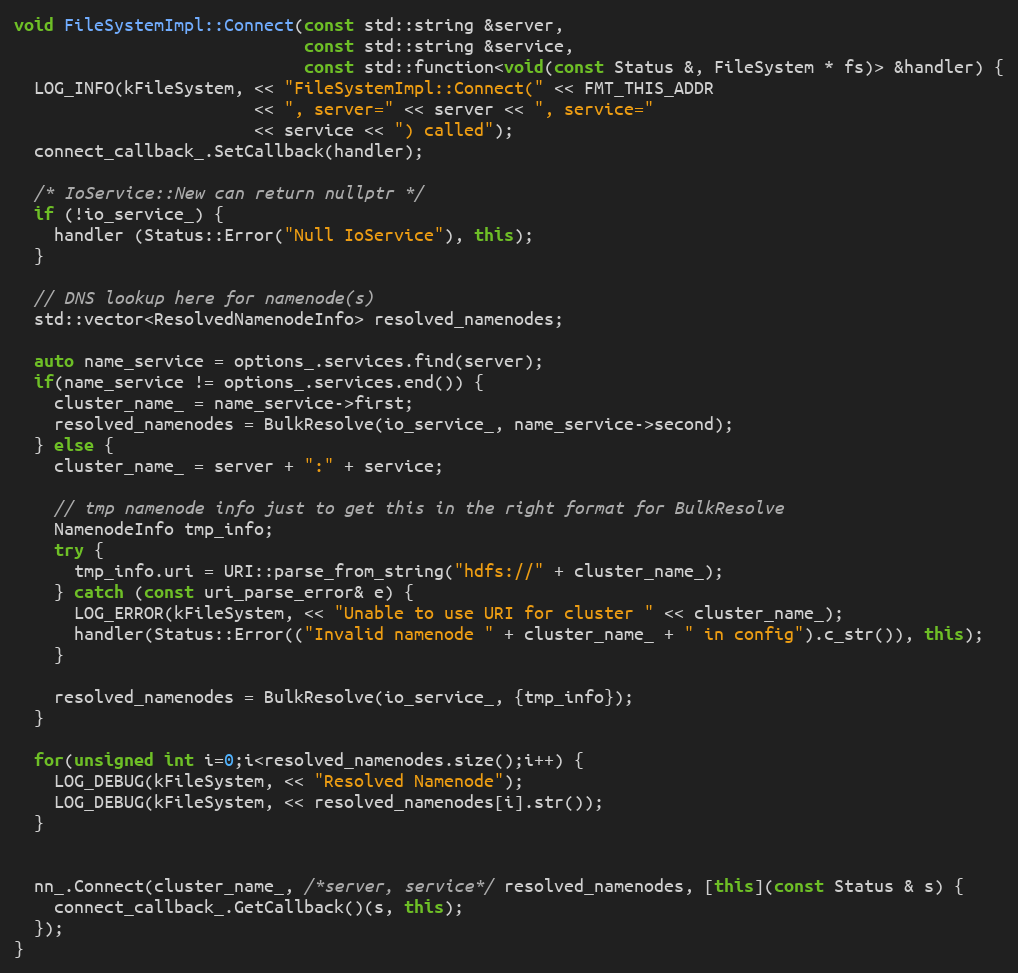
Language: C++
void FileSystemImpl::Connect(const std::string &server,
                             const std::string &service,
                             const std::function<void(const Status &, FileSystem * fs)> &handler) {
  LOG_INFO(kFileSystem, << "FileSystemImpl::Connect(" << FMT_THIS_ADDR
                        << ", server=" << server << ", service="
                        << service << ") called");
  connect_callback_.SetCallback(handler);

  /* IoService::New can return nullptr */
  if (!io_service_) {
    handler (Status::Error("Null IoService"), this);
  }

  // DNS lookup here for namenode(s)
  std::vector<ResolvedNamenodeInfo> resolved_namenodes;

  auto name_service = options_.services.find(server);
  if(name_service != options_.services.end()) {
    cluster_name_ = name_service->first;
    resolved_namenodes = BulkResolve(io_service_, name_service->second);
  } else {
    cluster_name_ = server + ":" + service;

    // tmp namenode info just to get this in the right format for BulkResolve
    NamenodeInfo tmp_info;
    try {
      tmp_info.uri = URI::parse_from_string("hdfs://" + cluster_name_);
    } catch (const uri_parse_error& e) {
      LOG_ERROR(kFileSystem, << "Unable to use URI for cluster " << cluster_name_);
      handler(Status::Error(("Invalid namenode " + cluster_name_ + " in config").c_str()), this);
    }

    resolved_namenodes = BulkResolve(io_service_, {tmp_info});
  }

  for(unsigned int i=0;i<resolved_namenodes.size();i++) {
    LOG_DEBUG(kFileSystem, << "Resolved Namenode");
    LOG_DEBUG(kFileSystem, << resolved_namenodes[i].str());
  }

  nn_.Connect(cluster_name_, /*server, service*/ resolved_namenodes, [this](const Status & s) {
    connect_callback_.GetCallback()(s, this);
  });
}